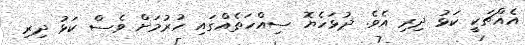
އެއްޗަކީ ކަޅު ދިރި އެވެ. ދުޅަހެޔޮ ސިއްހަތެއްގައި ހުރުމަށް ވެސް ކަޅު ދިރި